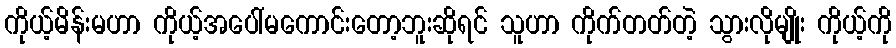
ကိုယ့်မိန်းမဟာ ကိုယ့်အပေါ်မကောင်းတော့ဘူးဆိုရင် သူဟာ ကိုက်တတ်တဲ့ သွားလိုမျိုး ကိုယ့်ကို